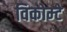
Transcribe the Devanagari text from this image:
विकोम्‍टे